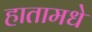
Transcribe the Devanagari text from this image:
हातामधे